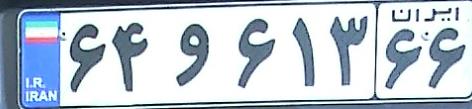
۶۴و۶۱۳۶۶